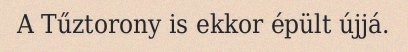
A Tűztorony is ekkor épült újjá.